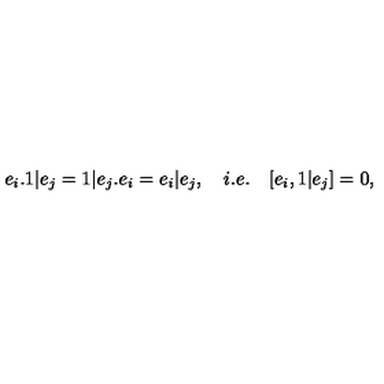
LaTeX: e _ { i } . 1 | e _ { j } = 1 | e _ { j } . e _ { i } = e _ { i } | e _ { j } , \quad i . e . \quad [ e _ { i } , 1 | e _ { j } ] = 0 ,